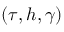
( \tau , h , \gamma )